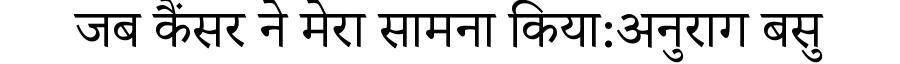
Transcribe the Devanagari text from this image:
जब कैंसर ने मेरा सामना किया:अनुराग बसु